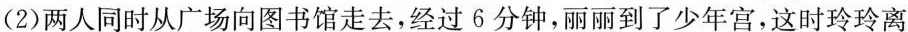
(2)两人同时从广场向图书馆走去，经过6分钟，丽丽到了少年宫，这时玲玲离